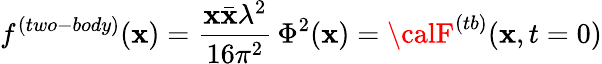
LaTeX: f^{(two-body)}(\mathbf{x})=\frac{{\mathbf{x}\bar{{\mathbf{x}}}\lambda^{2}}}{{16\pi^{2}}}\, \Phi^{2}(\mathbf{x})={\calF}^{(tb)}(\mathbf{x},t=0)